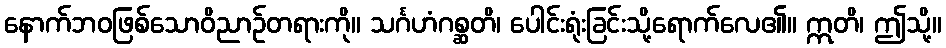
နောက်ဘဝဖြစ်သောဝိညာဉ်တရားကို။ သင်္ဂဟံဂစ္ဆတိ၊ ပေါင်းရုံးခြင်းသို့ရောက်လေ၏။ ဣတိ၊ ဤသို့။